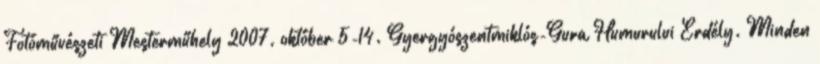
Fotóművészeti Mesterműhely 2007. október 5-14. Gyergyószentmiklós-Gura Humurului Erdély. Minden